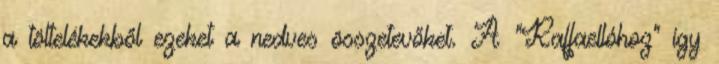
a töltelékekből ezeket a nedves összetevőket. A "Raffaellóhoz" így